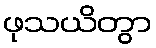
ဖုသယိတွာ